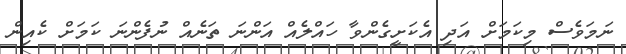
ނަމަވެސް މިކަމަށް އަދި އެކަށީގެންވާ ހައްލެއް އަންނަ ތަނެއް ނުފެންނަ ކަމަށް ކެއިން